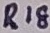
Text: R18